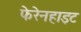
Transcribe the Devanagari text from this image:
फेरेनहाइट